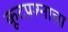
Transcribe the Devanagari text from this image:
कूटप्रश्नाचा